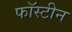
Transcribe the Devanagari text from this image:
फॉस्टीन